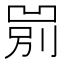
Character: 𱐐